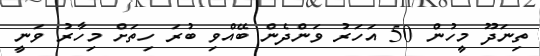
ތިނަދޫ މީހުން 50 އަހަރު ވަންދެން ބޭއްވި ބުރަ ހިތަށް މިހާރު ވަނީ